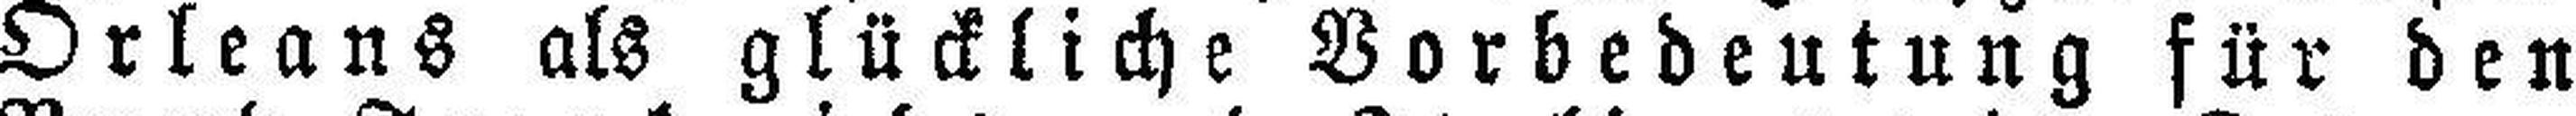
Orleans als glückliche Vorbedeutung für den